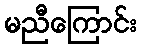
မညီကြောင်း